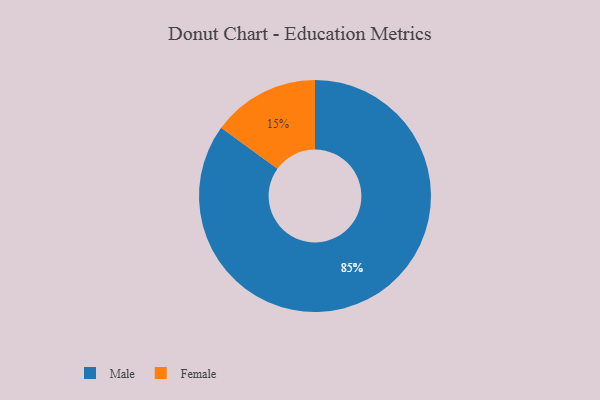
{"axis": {"x": "Category", "y": "Percentage"}, "legend": ["Female", "Male"], "data": [{"x": "Male", "y": 85, "type": "Male"}, {"x": "Female", "y": 15, "type": "Female"}]}